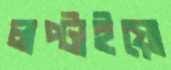
লপ্‌টাইয়ো